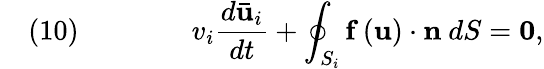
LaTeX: \quad(10)\qquad\qquad v_{i}{\frac{d{\mathbf{\bar{u}}}_{i}}{dt}}+\oint_{S_{i}}{\mathbf{f}}\left({\mathbf{u}}\right)\cdot{\mathbf{n}}\ dS={\mathbf{0}},